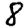
Digit: 8